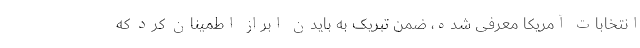
انتخابات آمریکا معرفی شده، ضمن تبریک به بایدن ابراز اطمینان کرد که